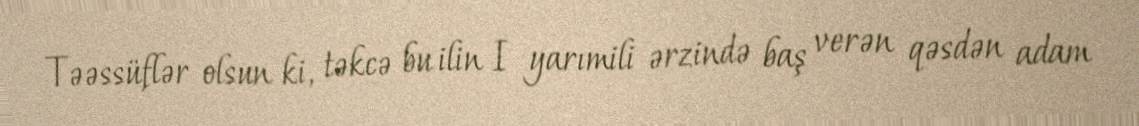
Təəssüflər olsun ki, təkcə bu ilin I yarımili ərzində baş verən qəsdən adam